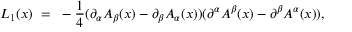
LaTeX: { \cal L } _ { 1 } ( x ) ~ = ~ - { \frac { 1 } { 4 } } ( \partial _ { \alpha } A _ { \beta } ( x ) - \partial _ { \beta } A _ { \alpha } ( x ) ) ( \partial ^ { \alpha } A ^ { \beta } ( x ) - \partial ^ { \beta } A ^ { \alpha } ( x ) ) ,